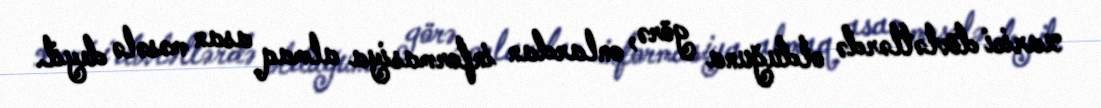
xarici dövlətlərdə olduğuna görə, onlardan informasiya almaq asan məsələ deyil.